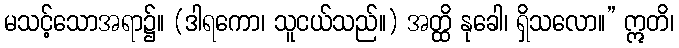
မသင့်သောအရာ၌။ (ဒါရကော၊ သူငယ်သည်။) အတ္ထိ နုခေါ၊ ရှိသလော။” ဣတိ၊